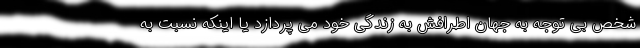
شخص بی توجه به جهان اطرافش به زندگی خود می پردازد یا اینکه نسبت به